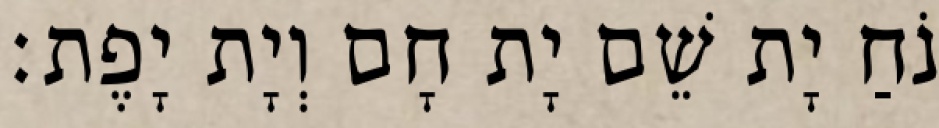
נֹחַ יָת שֵׁם יָת חָם וְיָת יָפֶת׃